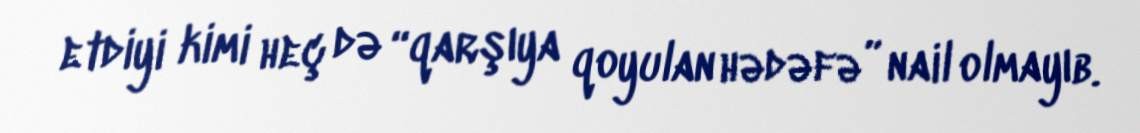
etdiyi kimi heç də “qarşıya qoyulan hədəfə” nail olmayıb.